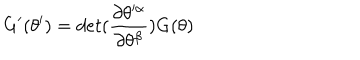
\mathrm { G } ^ { \prime } ( \theta ^ { \prime } ) = d e t ( { \frac { \partial \theta ^ { \prime \alpha } } { \partial \theta ^ { \beta } } } ) \mathrm { G } ( \theta )